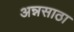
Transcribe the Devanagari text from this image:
अन्नसाठा